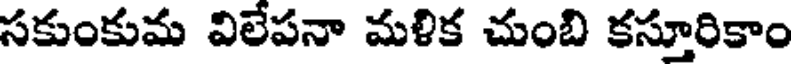
సకుంకుమ విలేపనా మళిక చుంబి కస్తూరికాం